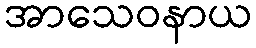
အာသေဝနာယ